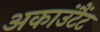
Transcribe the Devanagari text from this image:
अकाउंटैंट